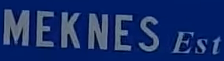
MEKNES Est